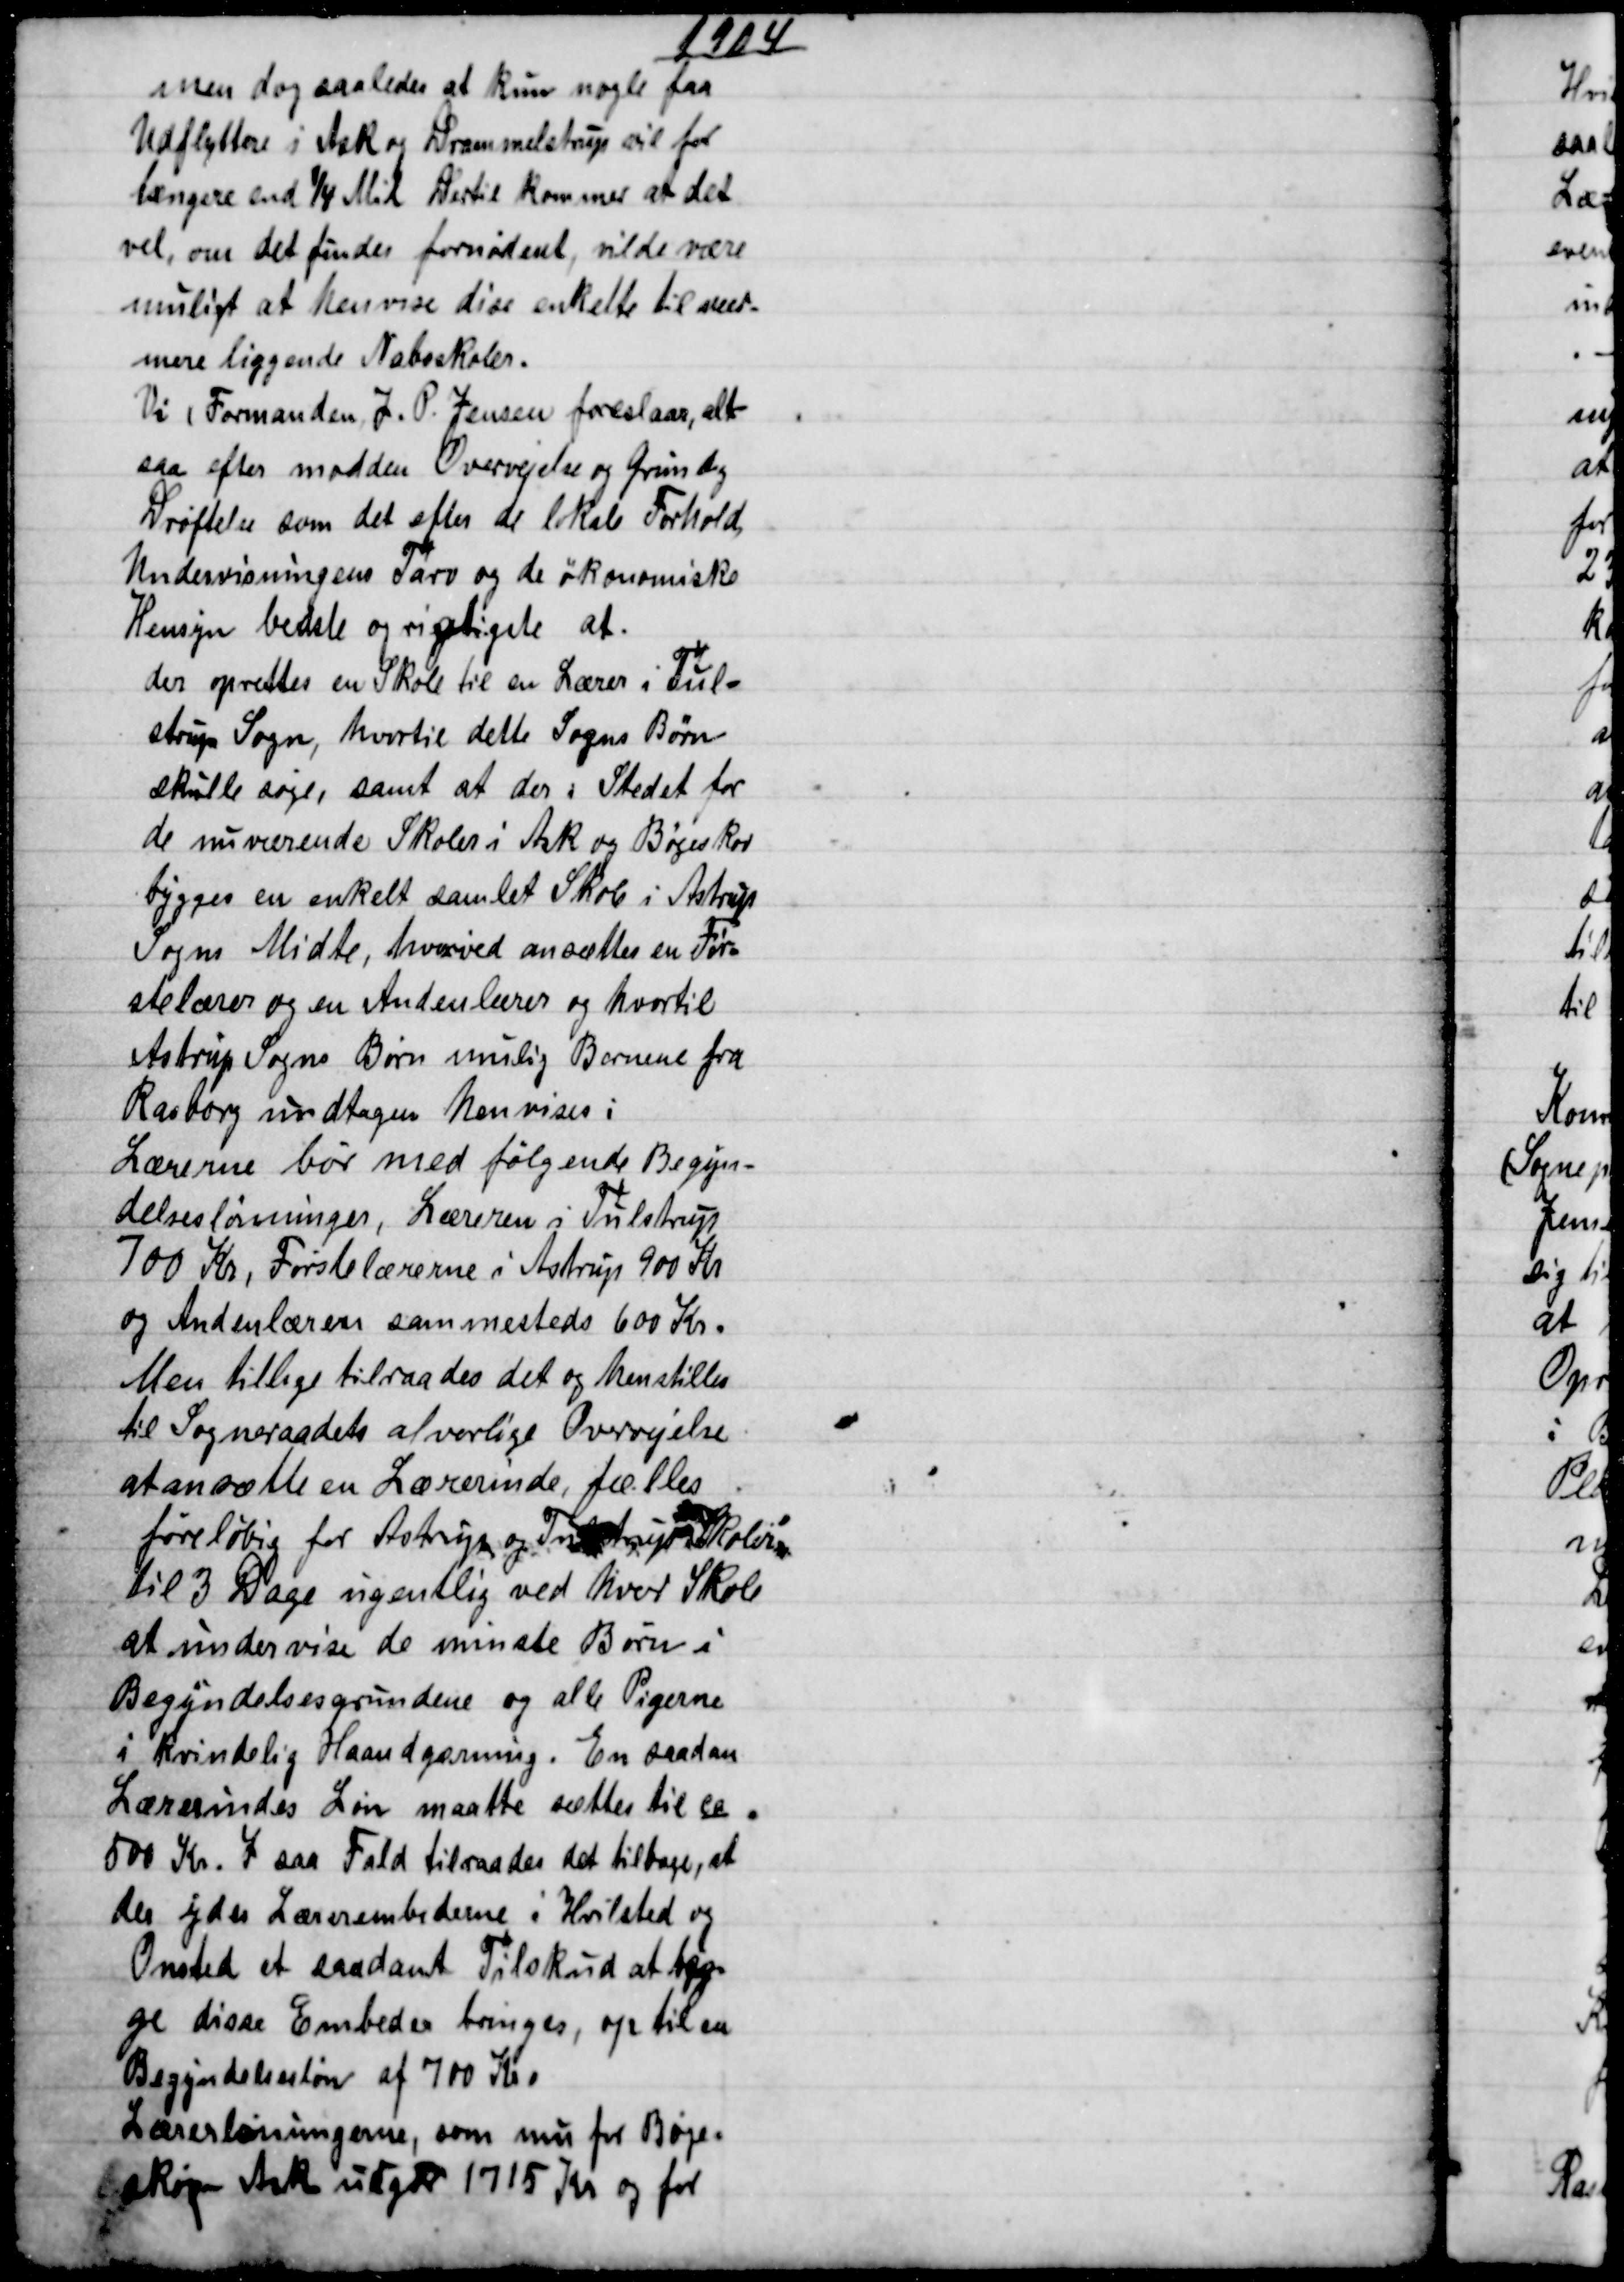
Transskription:
1904
men dog saaledes at kun nogle faa
Udflyttere i Ask og Drammelstrup vil faa
længere end ¼ Mil Dertil kommer at det
vel, om det findes fornødent, vilde være
muligt at henvise dise enkelte til nær-
mere liggende Naboskoler.
Vi (Formanden, J. P. Jensen foreslaar, alt
saa efter modden Overvejelse og Grundig
Drøftelse som det efter de lokale Forhold,
Undervisningens Tarv og de økonomiske
Hensyn bedste og rigtigste at
der oprettes en Skole til en Lærer i Tul-
strup Sogn, hvortil dette Sogns Børn
skulle søge, samt at der i Stedet for
de nuværende Skoler i Ask og Bøgeskov
bygges en enkelt samlet Skole i Astrup
Sogns Midte, hvorved ansættes en Før=
stelærer og en Andenlærer og hvortil
Astrup sogns Børn mulig Børnene fra
Rasborg undtagen henvises;
Lærerne bør med følgende Begyn-
delseslønninger, Læreren i Tulstrup
700 Kr. Førstelærerne i Astrup 900 Kr
og Andenlæren sammesteds 600 Kr.
Men tillige tilraades det og henstilles
til Sogneraadets alvorlige Overvejelse
at ansætte en Lærerinde, fælles
føreløbig for Astrup og Tulstrup Skoler
til 3 Dage ugentlig ved hver Skole
at undervise de minste Børn i
Begyndelsesgrundene og alle Pigerne
i kvindelig Haandgerning. En saadan
Lærerindes Løn maatte sættes til ca.
500 Kr. I saa Fald tilraades det tilbage, at
der ydes Lærerembederne i Hvilsted og
Onsted et saadant Tilskud at beg
ge disse Embeder bringes, op til en
Begyndelsesløn af 700 Kr.
Lærerlønningerne, som nu for Bøge=
skov Ask udgør 1715 Kr og for